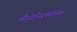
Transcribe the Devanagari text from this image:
मीजेन्सिफेलिक